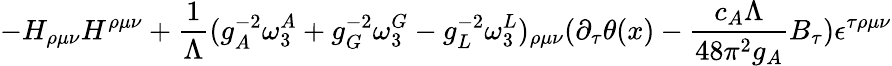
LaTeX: -H_{\rho\mu\nu}H^{\rho\mu\nu}+{\frac{1}{\Lambda}}(g_{A}^{-2}\omega_{3}^{A}+g_{G}^{-2}\omega_{3}^{G}-g_{L}^{-2}\omega_{3}^{L})_{\rho\mu\nu}(\partial_{\tau}\theta(x)-{\frac{c_{A}\Lambda}{48\pi^{2}g_{A}}}B_{\tau})\epsilon^{\tau\rho\mu\nu}